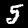
Digit: 5